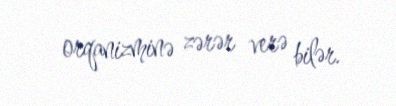
orqanizminə zərər verə bilər.